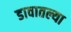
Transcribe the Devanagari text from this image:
डावातल्या